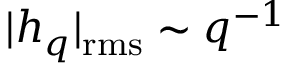
| h _ { q } | _ { \mathrm { r m s } } \sim q ^ { - 1 }